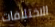
الاختلافات